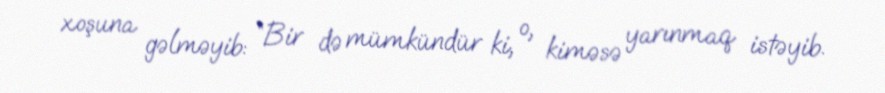
xoşuna gəlməyib: “Bir də mümkündür ki, o, kiməsə yarınmaq istəyib.